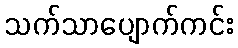
သက်သာပျောက်ကင်း